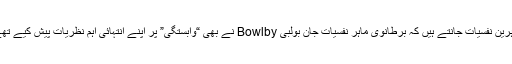
ماہرین نفسیات جانتے ہیں کہ برطانوی ماہر نفسیات جان بولبی Bowlby نے بھی “وابستگی” پر اپنے انتہائی اہم نظریات پیش کیے تھے۔